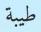
طيبة